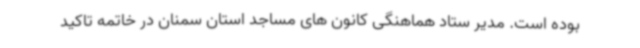
بوده است. مدیر ستاد هماهنگی کانون های مساجد استان سمنان در خاتمه تاکید